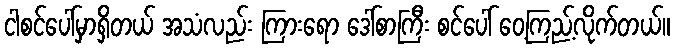
ငါစင်ပေါ်မှာရှိတယ် အသံလည်း ကြားရော ဒေါ်စာကြီး စင်ပေါ် ဝေ့ကြည့်လိုက်တယ်။